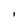
Character: I